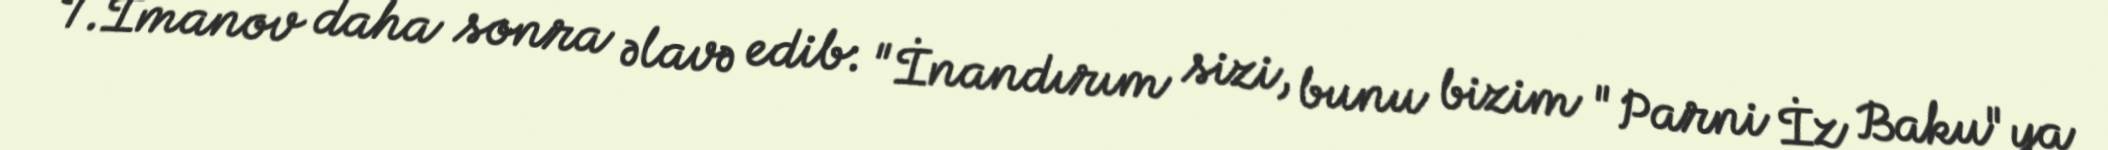
T.İmanov daha sonra əlavə edib: "İnandırım sizi, bunu bizim "Parni İz Baku"ya